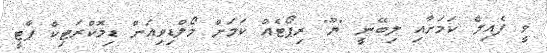
ވީ ފެއިލް ކަމަށާއި ލިބޭނީ "ޔޫ" ރިޕޯޓެއް ކަމަށް މޯލްޑިވިއަން ޑިމޮކްރަޓިކް ޕާޓީ